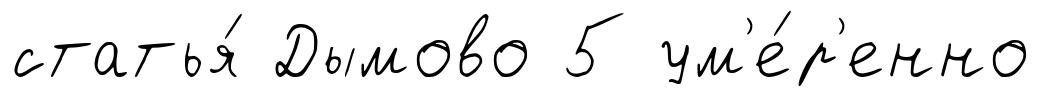
статья́ Дымово 5 ум'е́р'енно